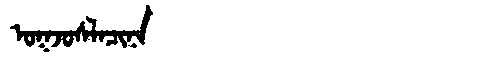
Manchu: ᠣᡴᠵᠣᠰᠯᠠᠴᡳᠨᠠ
Romanization: OKJOSLACINA